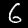
Digit: 6